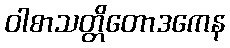
ဝါစာသတ္တိတောဒကေန